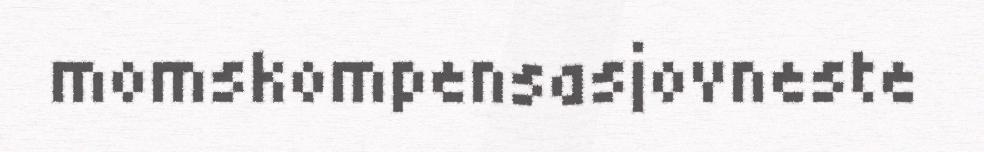
momskompensasjovneste